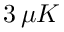
3 \, \mu K